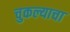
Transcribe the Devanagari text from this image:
चुकल्याचा